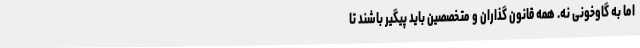
اما به گاوخونی نه. همه قانون گذاران و متخصصین باید پیگیر باشند تا